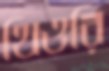
থিওরি